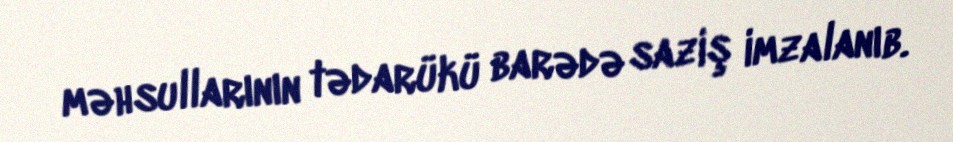
məhsullarının tədarükü barədə saziş imzalanıb.